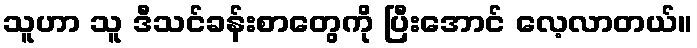
သူဟာ သူ ဒီသင်ခန်းစာတွေကို ပြီးအောင် လေ့လာတယ်။